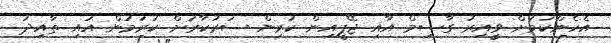
އެހެންކަމަށް ވީއިރު ގާސިމް އާއި ޖޭޕީއިން ކުރިން ސަރުކާރަށް ކުރަމުން އައި ތާއިދު